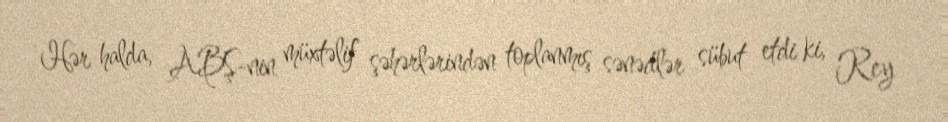
Hər halda, ABŞ-nin müxtəlif şəhərlərindən toplanmış sənədlər sübut etdi ki, Rey